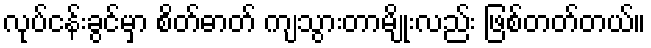
လုပ်ငန်းခွင်မှာ စိတ်ဓာတ် ကျသွားတာမျိုးလည်း ဖြစ်တတ်တယ်။